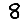
Digit: 8